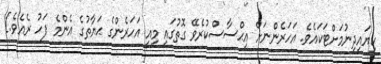
ކިޔައިދިނުމަށްޓަކައެވެ. އަހަރެންނަށް އިޙްސާސްކުރެވޭ ގޮތުގައި މިއީ އަހަރެންގެ ޙަޔާތުގެ އެންމެ ފަހު ރެއެވެ.]